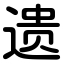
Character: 遗